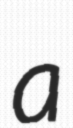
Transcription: a